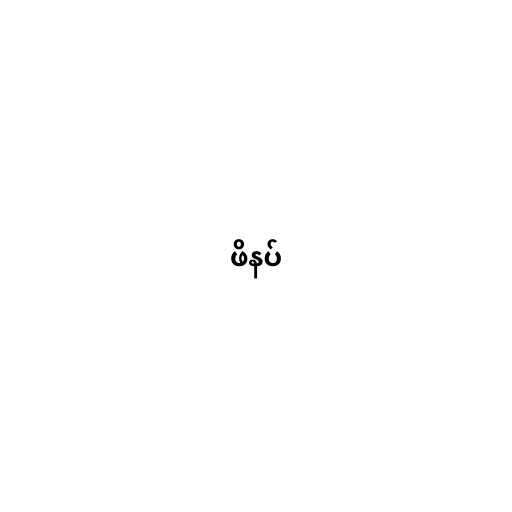
ဖိနပ်